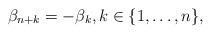
\begin{align*} \beta_{n+k} = - \beta_{k}, k\in \{1,\ldots, n\},\end{align*}